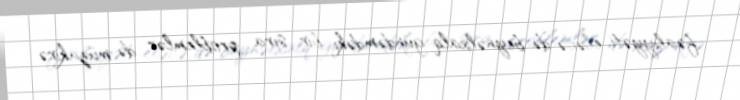
fəaliyyəti, eləcə də beynəlxalq gündəmdəki bir sıra problemlər də müzakirə